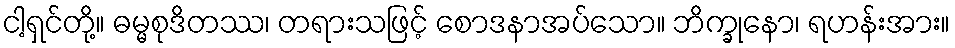
ငါ့ရှင်တို့။ ဓမ္မစုဒိတဿ၊ တရားသဖြင့် စောဒနာအပ်သော။ ဘိက္ခုနော၊ ရဟန်းအား။